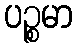
ပဉ္စမာ